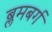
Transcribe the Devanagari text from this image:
ब्लमबर्ग